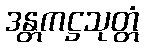
ဒန္တကဋ္ဌသုတ္တံ